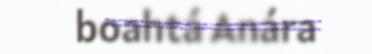
boahtá Anára